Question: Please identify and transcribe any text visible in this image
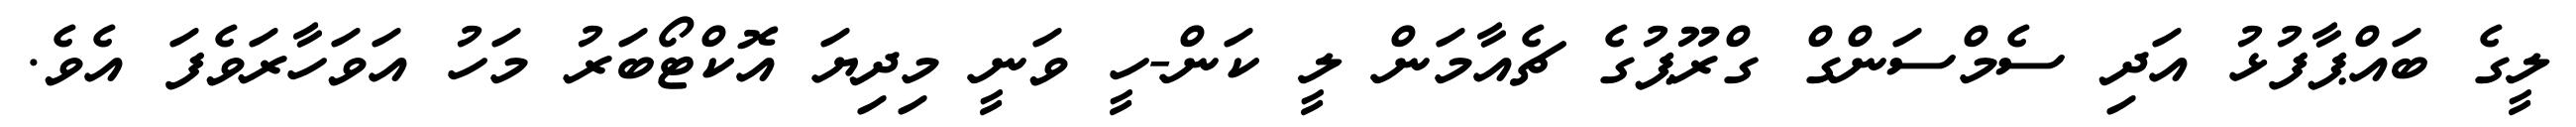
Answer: ލީގެ ބައްޕާފުޅު އަދި ސެމްސަންގް ގްރޫޕުގެ ޗެއާމަން ލީ ކަން-ހީ ވަނީ މިދިޔަ އޮކްޓޯބަރު މަހު އަވަހާރަވެފަ އެވެ.